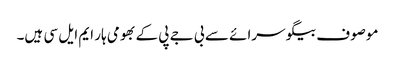
موصوف بیگو سرائے سے بی جے پی کے بھومی ہار ایم ایل سی ہیں۔